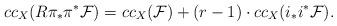
LaTeX: \begin{align*}cc_{{X}}(R\pi_\ast\pi^\ast\mathcal F)=cc_X(\mathcal F)+(r-1)\cdot cc_X(i_\ast i^\ast\mathcal F).\end{align*}